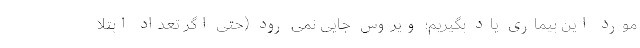
مورد این بیماری یاد بگیریم؛ ویروس جایی نمی رود (حتی اگر تعداد ابتلا